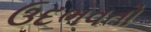
ઉદભવતો